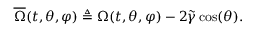
\overline { { \Omega } } ( t , \theta , \varphi ) \triangleq \Omega ( t , \theta , \varphi ) - 2 \widetilde { \gamma } \cos ( \theta ) .